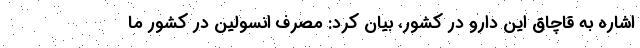
اشاره به قاچاق این دارو در کشور، بیان کرد: مصرف انسولین در کشور ما